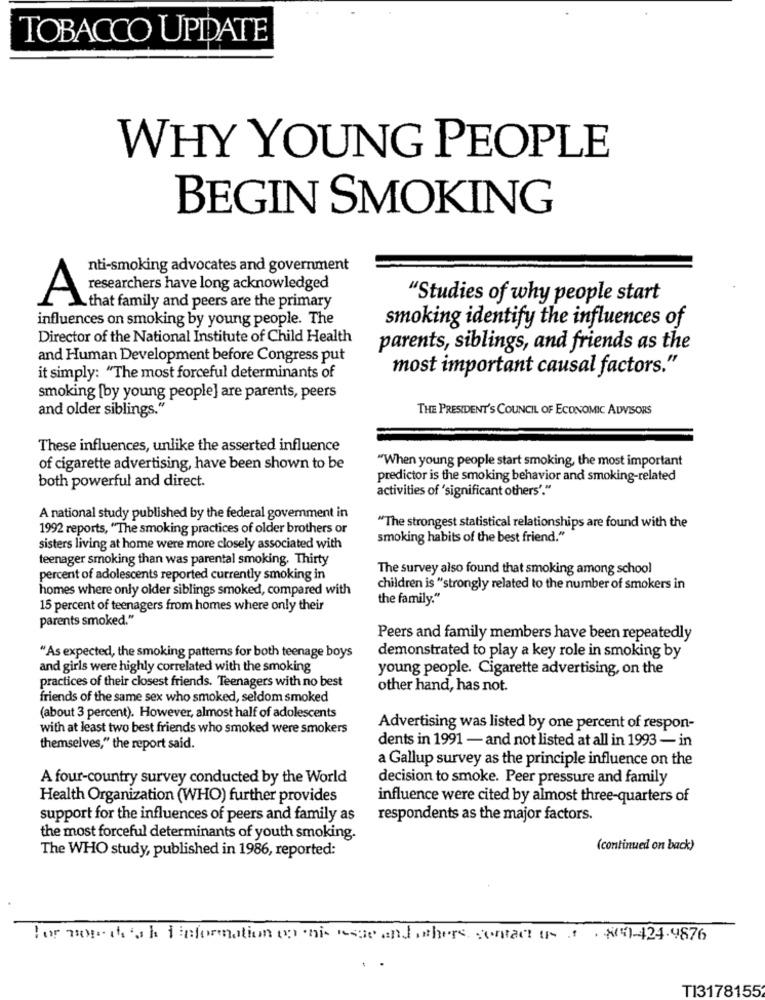
TOBACCO UPDATE
WHY YOUNG PEOPLE
BEGIN SMOKING
nti-smoking advocates and government
researchers have long acknowledged
A
"Studies of why people start
that family and peers are the primary
influences on smoking by young people. The
smoking identify the influences of
Director of the National Institute of Child Health
parents, siblings, and friends as the
and Human Development before Congress put
most important causal factors."
it simply: "The most forceful determinants of
smoking [by young people] are parents, peers
and older siblings.
THE PRESIDENT'S COUNCIL OF ECONOMIC ADVISORS
These influences, unlike the asserted influence
"When young people start smoking, the most important
of cigarette advertising, have been shown to be
predictor is the smoking behavior and smoking-related
both powerful and direct.
activities of 'significant others'."
A national study published by the federal government in
1992 reports, "The smoking practices of older brothers or
"The strongest statistical relationships are found with the
smoking habits of the best friend."
sisters living at home were more closely associated with
teenager smoking than was parental smoking, Thirty
The survey also found that smoking among school
percent of adolescents reported currently smoking in
homes where only older siblings smoked, compared with
children is "strongly related to the number of smokers in
the family."
15 percent of teenagers from homes where only their
parents smoked."
Peers and family members have been repeatedly
"As expected, the smoking patterns for both teenage boys
demonstrated to play a key role in smoking by
and girls were highly correlated with the smoking
young people. Cigarette advertising, on the
practices of their closest friends. Teenagers with no best
other hand, has not.
friends of the same sex who smoked, seldom smoked
(about 3 percent). However, almost half of adolescents
with at least two best friends who smoked were smokers
Advertising was listed by one percent of respon-
themselves," the report said.
dents in 1991 - and not listed at all in 1993 - in
a Gallup survey as the principle influence on the
A four-country survey conducted by the World
decision to smoke. Peer pressure and family
Health Organization (WHO) further provides
influence were cited by almost three-quarters of
support for the influences of peers and family as
respondents as the major factors.
the most forceful determinants of youth smoking.
The WHO study, published in 1986, reported:
(continued on back)
For morethansh f information on onis esse and where contact un # 804-424.9876
TI3178155